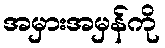
အမှားအမှန်ကို